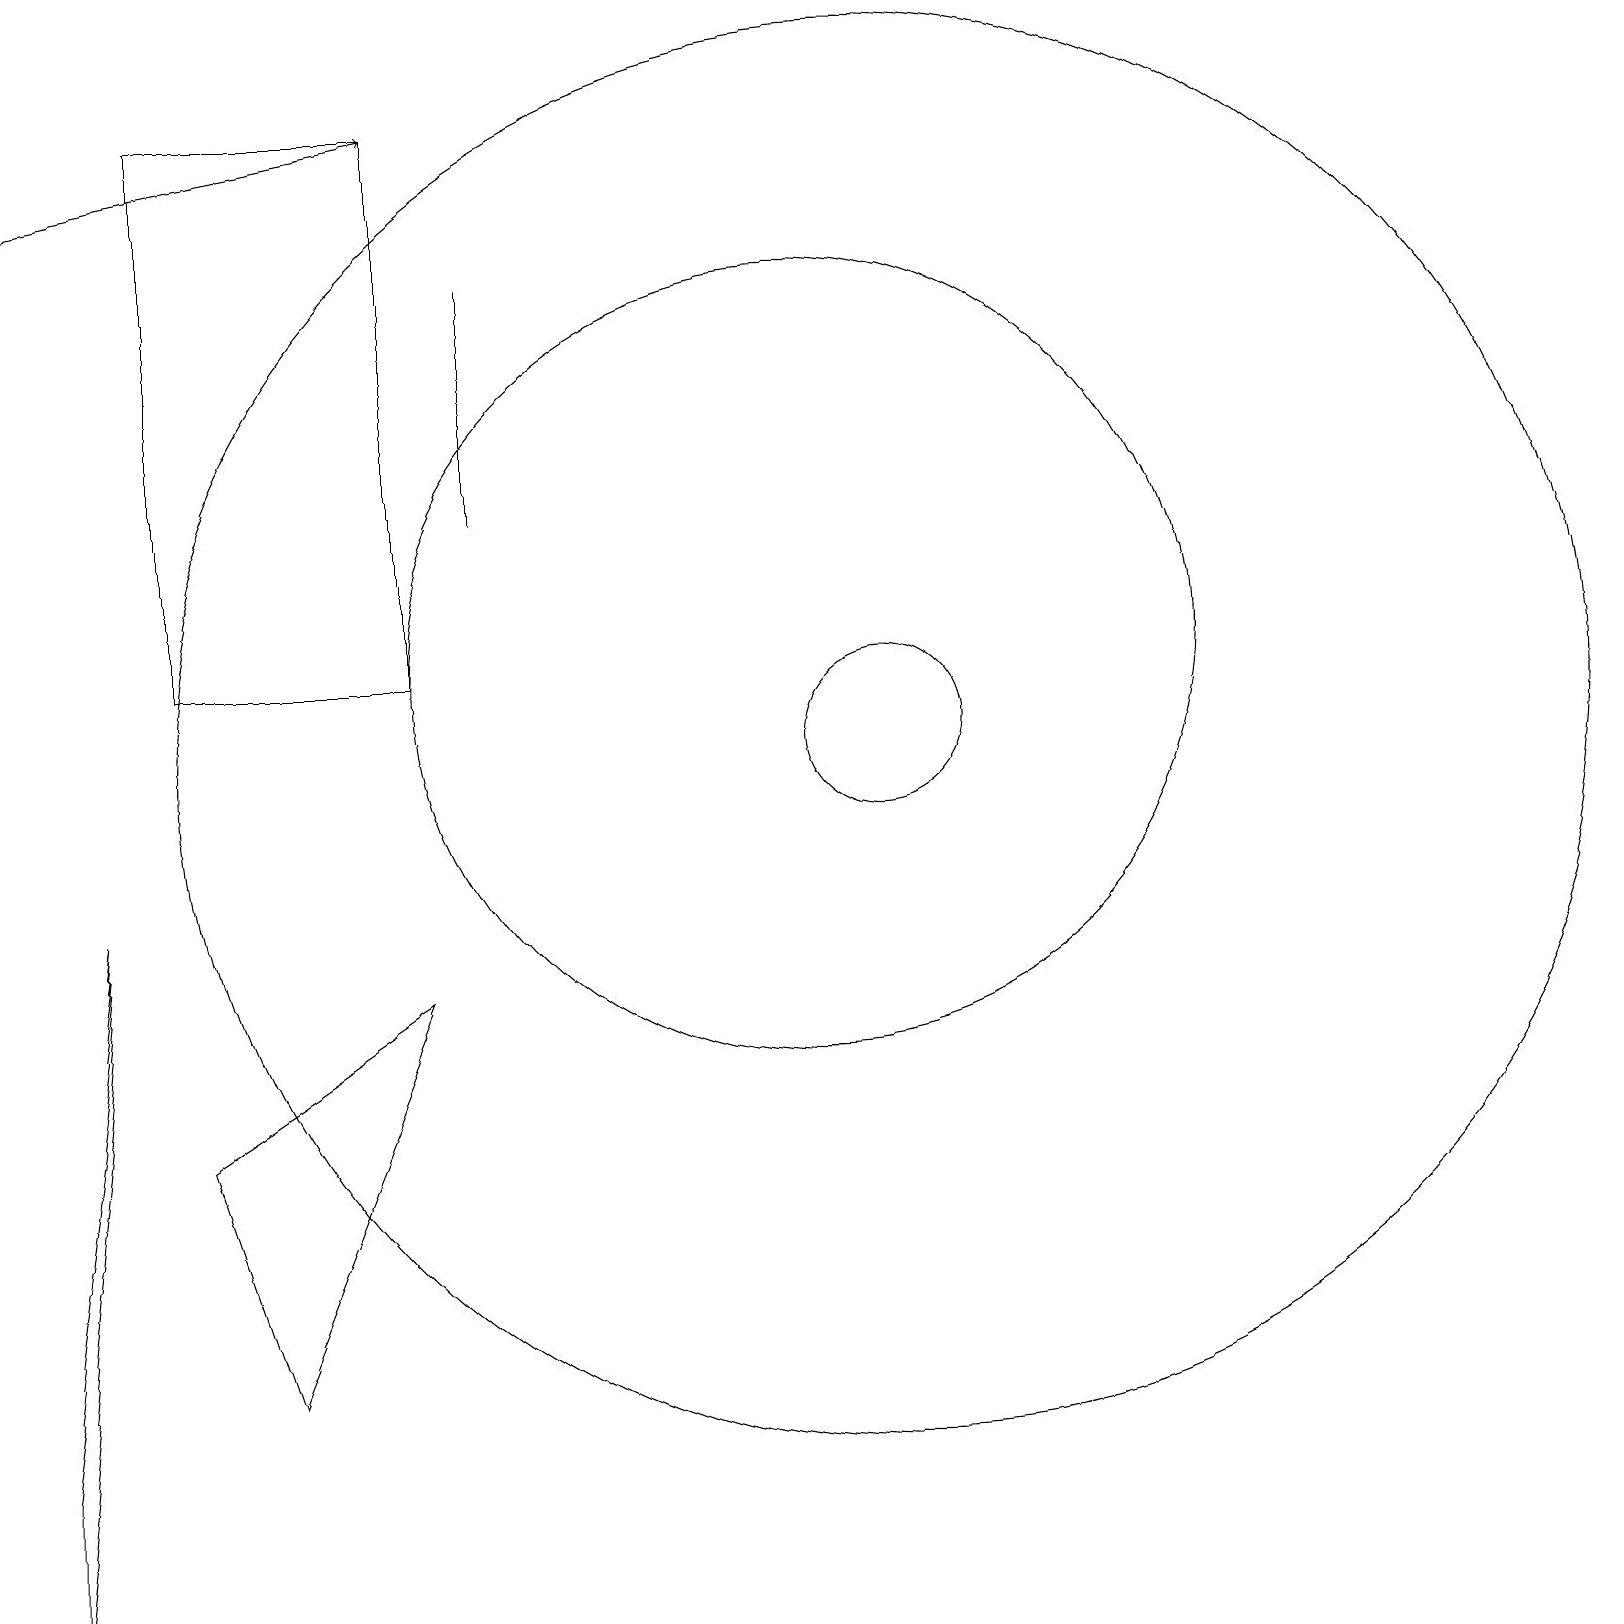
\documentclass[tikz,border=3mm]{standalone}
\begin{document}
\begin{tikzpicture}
\draw[->] (0,18) -- (5,19);
\draw (6,14) rectangle (6,17);
\draw (5,19) rectangle (2,12);
\draw (5,8) -- (3,3) -- (2,6) -- cycle;
\draw (11,11) circle (9);
\draw (10,12) circle (5);
\draw (11,11) circle (1);
\draw (1,9) -- (0,0) -- (0,2) -- cycle;
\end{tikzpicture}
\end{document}